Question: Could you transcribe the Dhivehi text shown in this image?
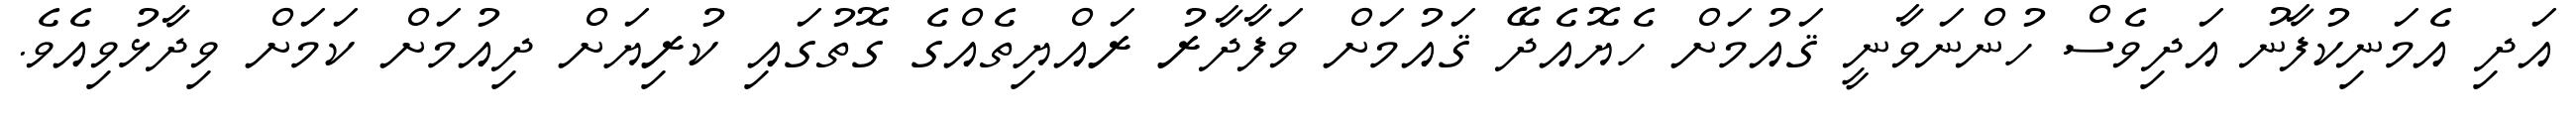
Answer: އަދި އެމަނިކުފާނު އަދިވެސް ހުންނަވާނީ ޤައުމަށް ހެޔޮއެދޭ ޤައުމަށް ވަފާދާރު ރައްޔިތެއްގެ ގޮތުގައި ކުރިޔަށް ދިއުމަށް ކަމަށް ވިދާޅުވިއެވެ.